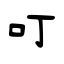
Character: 叮